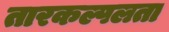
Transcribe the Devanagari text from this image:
तारकल्पलता